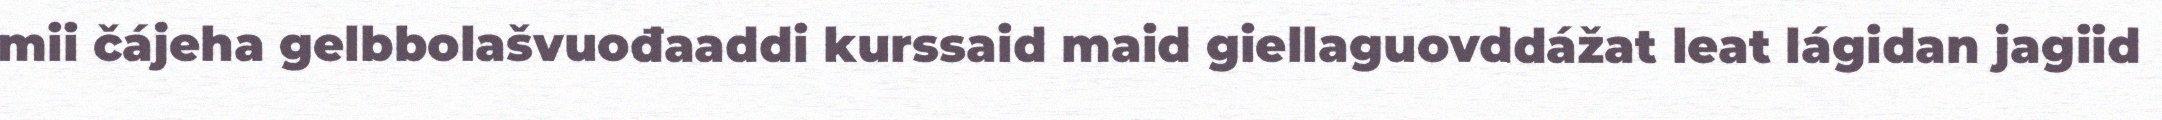
mii čájeha gelbbolašvuođaaddi kurssaid maid giellaguovddážat leat lágidan jagiid